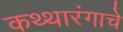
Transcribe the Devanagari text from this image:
कथ्थारंगाचे